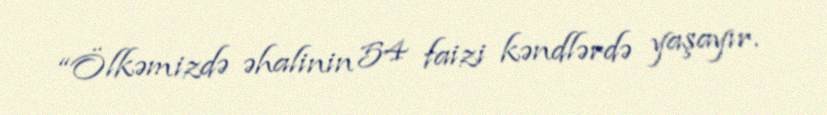
“Ölkəmizdə əhalinin 54 faizi kəndlərdə yaşayır.